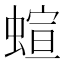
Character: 蝖